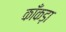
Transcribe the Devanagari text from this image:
काँकड़ा